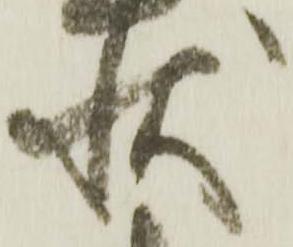
状